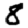
Digit: 8